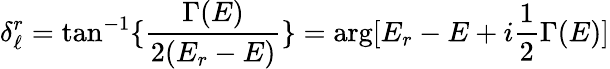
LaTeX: \delta_{\ell}^{r}=\tan^{-1}\{ {\frac{\Gamma(E)}{2(E_{r}-E)}}\} =\arg[E_{r}-E+i{\frac{1}{2}}\Gamma(E)]